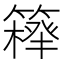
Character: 𥴍